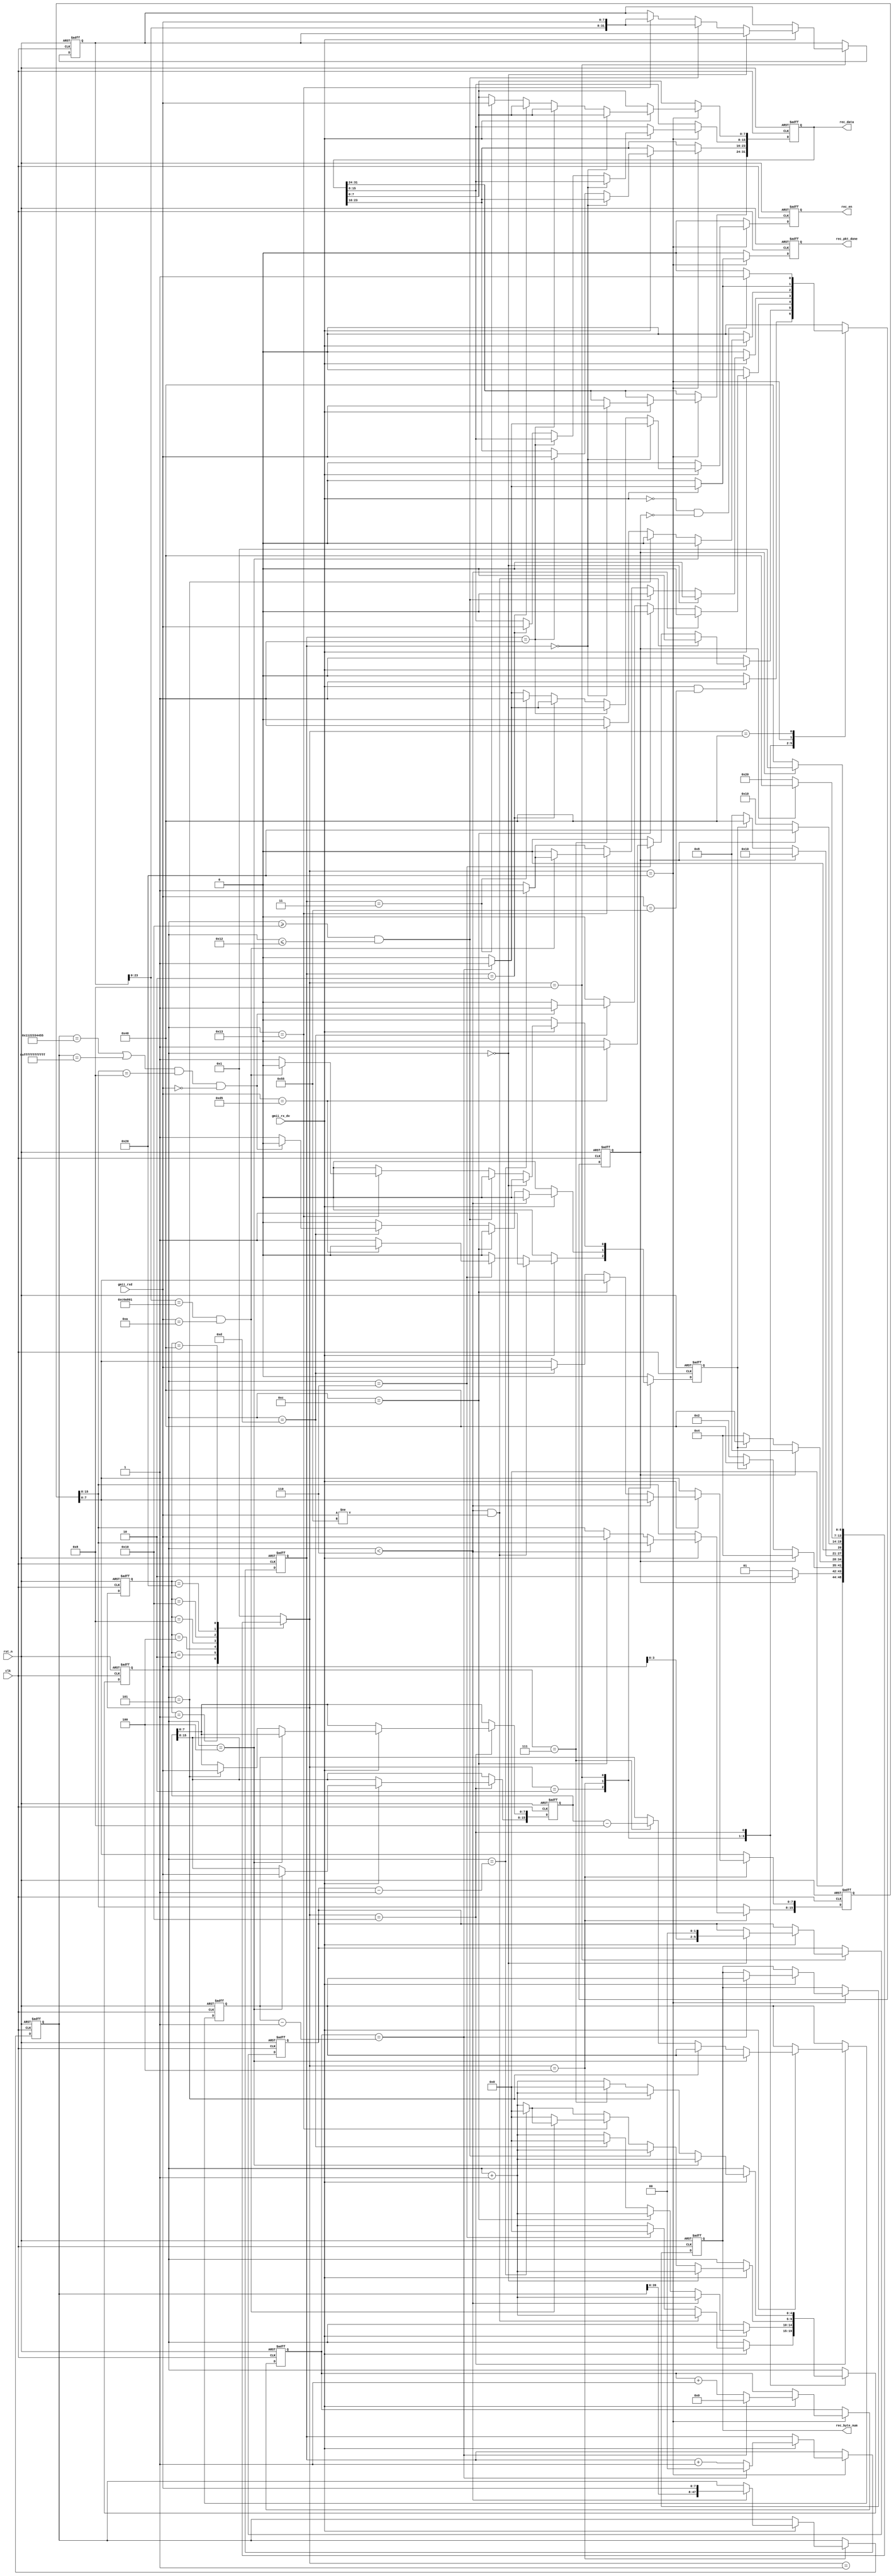
module udp_rx(
    input                clk         ,    //
    input                rst_n       ,    //
    
    input                gmii_rx_dv  ,    //GMII
    input        [7:0]   gmii_rxd    /* synthesis PAP_MARK_DEBUG="1" */,    //GMII
    output  reg          rec_pkt_done,    //
    output  reg          rec_en      /* synthesis PAP_MARK_DEBUG="1" */,    //
    output  reg  [31:0]  rec_data    /* synthesis PAP_MARK_DEBUG="1" */,    //
    output  reg  [15:0]  rec_byte_num     // :byte     
    );

//parameter define
//MAC 00-11-22-33-44-55
parameter BOARD_MAC = 48'h00_11_22_33_44_55; 
//IP 192.168.1.10 
parameter BOARD_IP = {8'd192,8'd168,8'd1,8'd10};

localparam  st_idle     = 7'b000_0001; //
localparam  st_preamble = 7'b000_0010; // 
localparam  st_eth_head = 7'b000_0100; //
localparam  st_ip_head  = 7'b000_1000; //IP
localparam  st_udp_head = 7'b001_0000; //UDP
localparam  st_rx_data  = 7'b010_0000; //
localparam  st_rx_end   = 7'b100_0000; //

localparam  ETH_TYPE    = 16'h0800   ; // IP

//reg define
reg  [6:0]   cur_state       ;
reg  [6:0]   next_state      /* synthesis PAP_MARK_DEBUG="1" */;
                             
reg          skip_en         ; //
reg          error_en        /* synthesis PAP_MARK_DEBUG="1" */; //
reg  [4:0]   cnt             ; //
reg  [47:0]  des_mac         ; //MAC
reg  [15:0]  eth_type        ; //
reg  [31:0]  des_ip          ; //IP
reg  [5:0]   ip_head_byte_num; //IP
reg  [15:0]  udp_byte_num    ; //UDP
reg  [15:0]  data_byte_num   ; //
reg  [15:0]  data_cnt        ; //    
reg  [1:0]   rec_en_cnt      ; //8bit32bit

//*****************************************************
//**                    main code
//*****************************************************

//()
always @(posedge clk or negedge rst_n) begin
    if(!rst_n)
        cur_state <= st_idle;  
    else
        cur_state <= next_state;
end

//
always @(*) begin
    next_state = st_idle;
    case(cur_state)
        st_idle : begin                                     //
            if(skip_en) 
                next_state = st_preamble;
            else
                next_state = st_idle;    
        end
        st_preamble : begin                                 //
            if(skip_en) 
                next_state = st_eth_head;
            else if(error_en) 
                next_state = st_rx_end;    
            else
                next_state = st_preamble;    
        end
        st_eth_head : begin                                 //
            if(skip_en) 
                next_state = st_ip_head;
            else if(error_en) 
                next_state = st_rx_end;
            else
                next_state = st_eth_head;           
        end  
        st_ip_head : begin                                  //IP
            if(skip_en)
                next_state = st_udp_head;
            else if(error_en)
                next_state = st_rx_end;
            else
                next_state = st_ip_head;       
        end 
        st_udp_head : begin                                 //UDP
            if(skip_en)
                next_state = st_rx_data;
            else
                next_state = st_udp_head;    
        end                
        st_rx_data : begin                                  //
            if(skip_en)
                next_state = st_rx_end;
            else
                next_state = st_rx_data;    
        end                           
        st_rx_end : begin                                   //
            if(skip_en)
                next_state = st_idle;
            else
                next_state = st_rx_end;          
        end
        default : next_state = st_idle;
    endcase                                          
end    

//,
always @(posedge clk or negedge rst_n) begin
    if(!rst_n) begin
        skip_en <= 1'b0;
        error_en <= 1'b0;
        cnt <= 5'd0;
        des_mac <= 48'd0;
        eth_type <= 16'd0;
        des_ip <= 32'd0;
        ip_head_byte_num <= 6'd0;
        udp_byte_num <= 16'd0;
        data_byte_num <= 16'd0;
        data_cnt <= 16'd0;
        rec_en_cnt <= 2'd0;
        rec_en <= 1'b0;
        rec_data <= 32'd0;
        rec_pkt_done <= 1'b0;
        rec_byte_num <= 16'd0;
    end
    else begin
        skip_en <= 1'b0;
        error_en <= 1'b0;  
        rec_en <= 1'b0;
        rec_pkt_done <= 1'b0;
        case(next_state)
            st_idle : begin
                if((gmii_rx_dv == 1'b1) && (gmii_rxd == 8'h55)) 
                    skip_en <= 1'b1;
            end
            st_preamble : begin
                if(gmii_rx_dv) begin                         //
                    cnt <= cnt + 5'd1;
                    if((cnt < 5'd6) && (gmii_rxd != 8'h55))  //78'h55  
                        error_en <= 1'b1;
                    else if(cnt==5'd6) begin
                        cnt <= 5'd0;
                        if(gmii_rxd==8'hd5)                  //18'hd5
                            skip_en <= 1'b1;
                        else
                            error_en <= 1'b1;    
                    end  
                end  
            end
            st_eth_head : begin
                if(gmii_rx_dv) begin
                    cnt <= cnt + 5'b1;
                    if(cnt < 5'd6) 
                        des_mac <= {des_mac[39:0],gmii_rxd}; //MAC
                    else if(cnt == 5'd12) 
                        eth_type[15:8] <= gmii_rxd;          //
                    else if(cnt == 5'd13) begin
                        eth_type[7:0] <= gmii_rxd;
                        cnt <= 5'd0;
                        //MACMAC IP0800
                        if(((des_mac == BOARD_MAC) ||(des_mac == 48'hff_ff_ff_ff_ff_ff))
                       && eth_type[15:8] == ETH_TYPE[15:8] && gmii_rxd == ETH_TYPE[7:0])            
                            skip_en <= 1'b1;
                        else
                            error_en <= 1'b1;
                    end        
                end  
            end
            st_ip_head : begin
                if(gmii_rx_dv) begin
                    cnt <= cnt + 5'd1;
                    if(cnt == 5'd0)
                        ip_head_byte_num <= {gmii_rxd[3:0],2'd0}; //IP=x4dwX4
                    //UDP
                    else if((cnt >= 5'd16) && (cnt <= 5'd18))
                        des_ip <= {des_ip[23:0],gmii_rxd};   //IP 
                    else if(cnt == 5'd19) begin
                        des_ip <= {des_ip[23:0],gmii_rxd}; 
                        //IPIP
                        if((des_ip[23:0] == BOARD_IP[31:8])
                            && (gmii_rxd == BOARD_IP[7:0])) begin  
                            if(cnt == ip_head_byte_num - 1'b1) begin//
                                skip_en <=1'b1;                     
                                cnt <= 5'd0;
                            end                             
                        end    
                        else begin            
                        //IP                        
                            error_en <= 1'b1;               
                            cnt <= 5'd0;
                        end                                                  
                    end                          
                    else if(cnt == ip_head_byte_num - 1'b1) begin 
                        skip_en <=1'b1;                      //IP
                        cnt <= 5'd0;                    
                    end    
                end                                
            end 
            st_udp_head : begin
                if(gmii_rx_dv) begin
                    cnt <= cnt + 5'd1;
                    if(cnt == 5'd4)
                        udp_byte_num[15:8] <= gmii_rxd;      //UDP +
                    else if(cnt == 5'd5)
                        udp_byte_num[7:0] <= gmii_rxd;
                    else if(cnt == 5'd7) begin
                        //UDP88
                        data_byte_num <= udp_byte_num - 16'd8;    
                        skip_en <= 1'b1;
                        cnt <= 5'd0;
                    end  
                end                 
            end          
            st_rx_data : begin         
                //32bit            
                if(gmii_rx_dv) begin
                    data_cnt <= data_cnt + 16'd1;
                    rec_en_cnt <= rec_en_cnt + 2'd1;
                    if(data_cnt == data_byte_num - 16'd1) begin
                        skip_en <= 1'b1;                    //
                        data_cnt <= 16'd0;
                        rec_en_cnt <= 2'd0;
                        rec_pkt_done <= 1'b1;               
                        rec_en <= 1'b1;                     
                        rec_byte_num <= data_byte_num;
                    end    
                    //rec_data,4,
                    //(rec_byte_num)
                    if(rec_en_cnt == 2'd0)
                        rec_data[31:24] <= gmii_rxd;
                    else if(rec_en_cnt == 2'd1)
                        rec_data[23:16] <= gmii_rxd;
                    else if(rec_en_cnt == 2'd2) 
                        rec_data[15:8] <= gmii_rxd;        
                    else if(rec_en_cnt==2'd3) begin
                        rec_en <= 1'b1;
                        rec_data[7:0] <= gmii_rxd;
                    end    
                end  
            end    
            st_rx_end : begin                               //   
                if(gmii_rx_dv == 1'b0 && skip_en == 1'b0)
                    skip_en <= 1'b1; 
            end    
            default : ;
        endcase                                                        
    end
end

endmodule